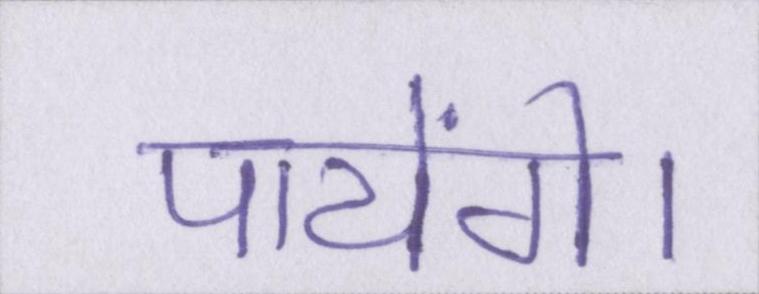
पायेंगे।